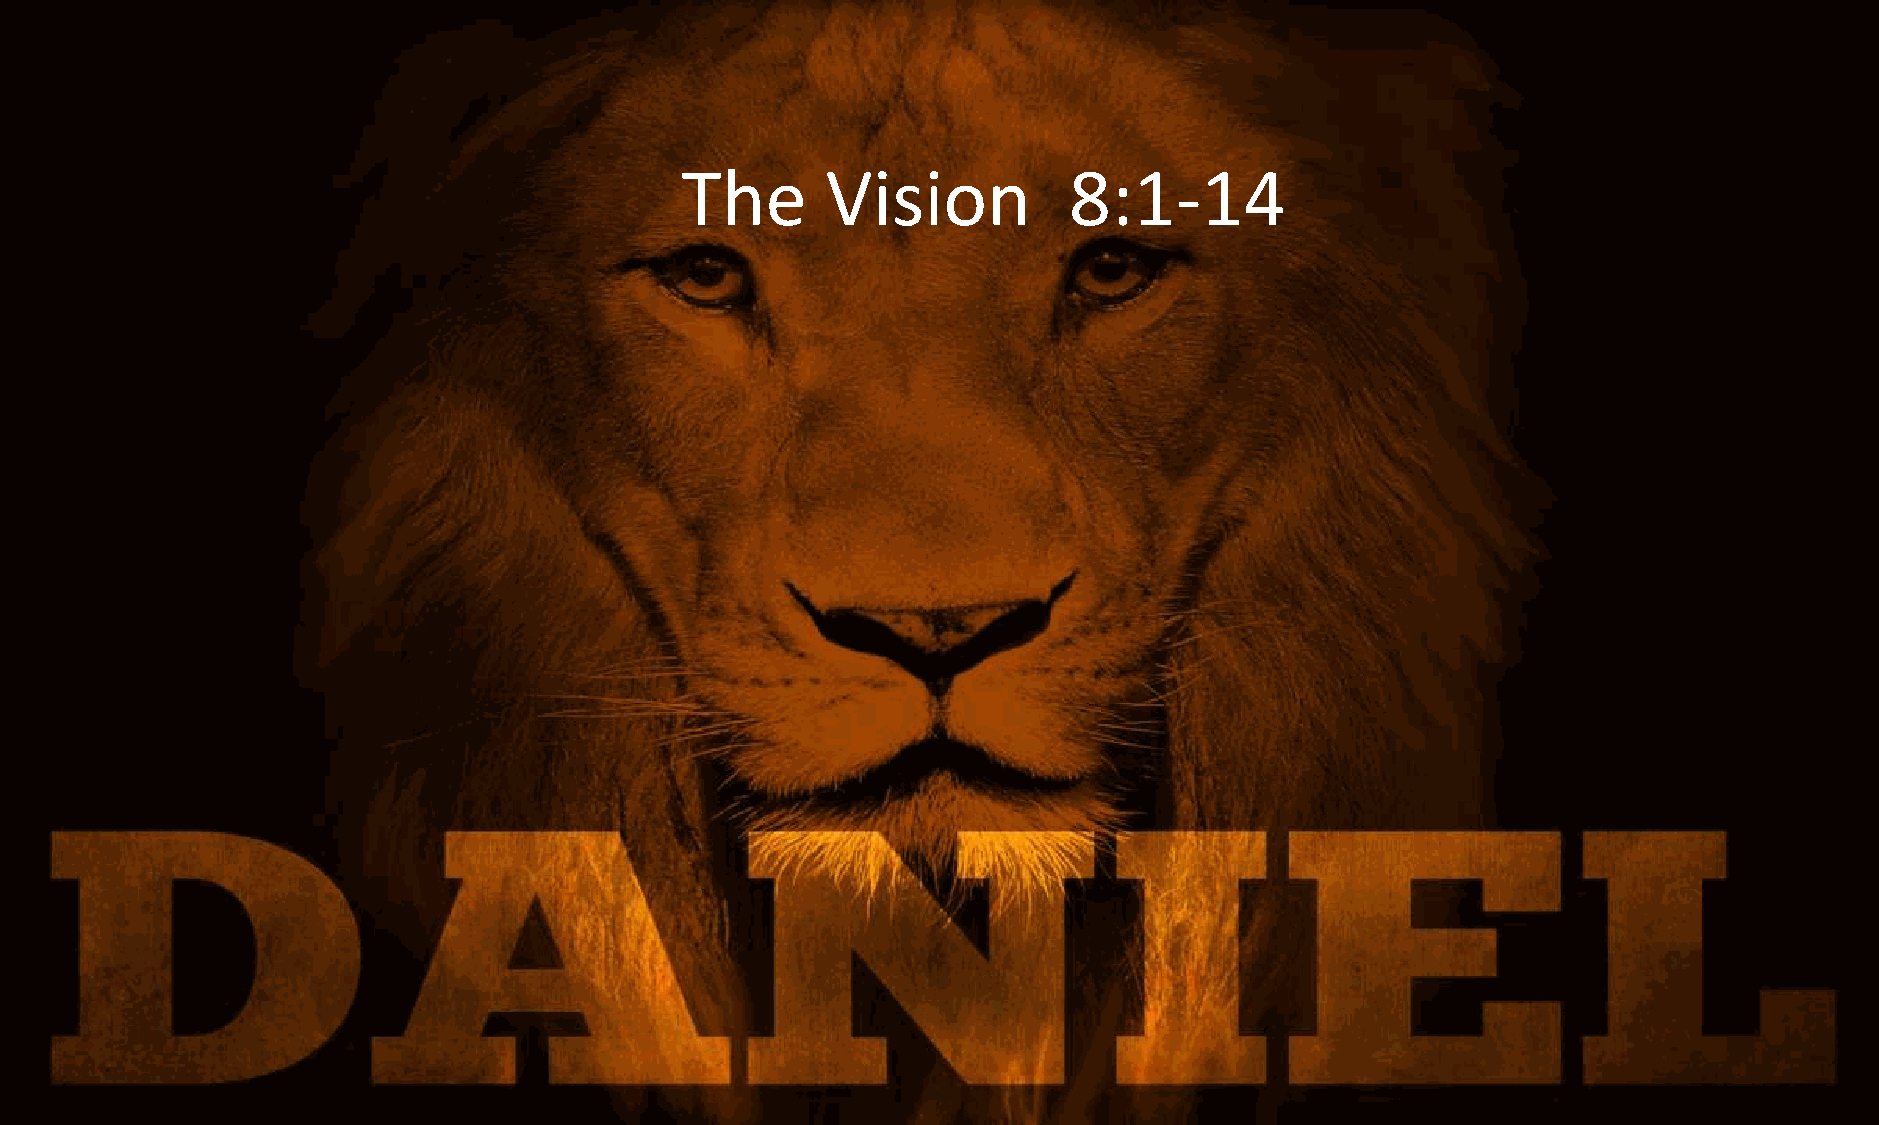
Let us pray:
 The       Vision          8:1-14